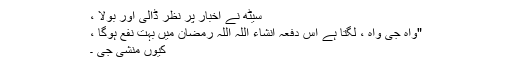
سیٹھ نے اخبار پر نظر ڈالی اور بولا ،
"واہ جی واہ ، لگتا ہے اِس دفعہ انشاء اللہ اللہ رمضان میں بہت نفع ہوگا ،
کیوں منشی جی ۔